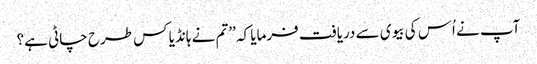
آپ نے اُس کی بیوی سے دریافت فرمایا کہ ’’تم نے ہانڈیا کس طرح چاٹی ہے؟